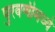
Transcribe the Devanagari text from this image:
पुरवणीमध्ये